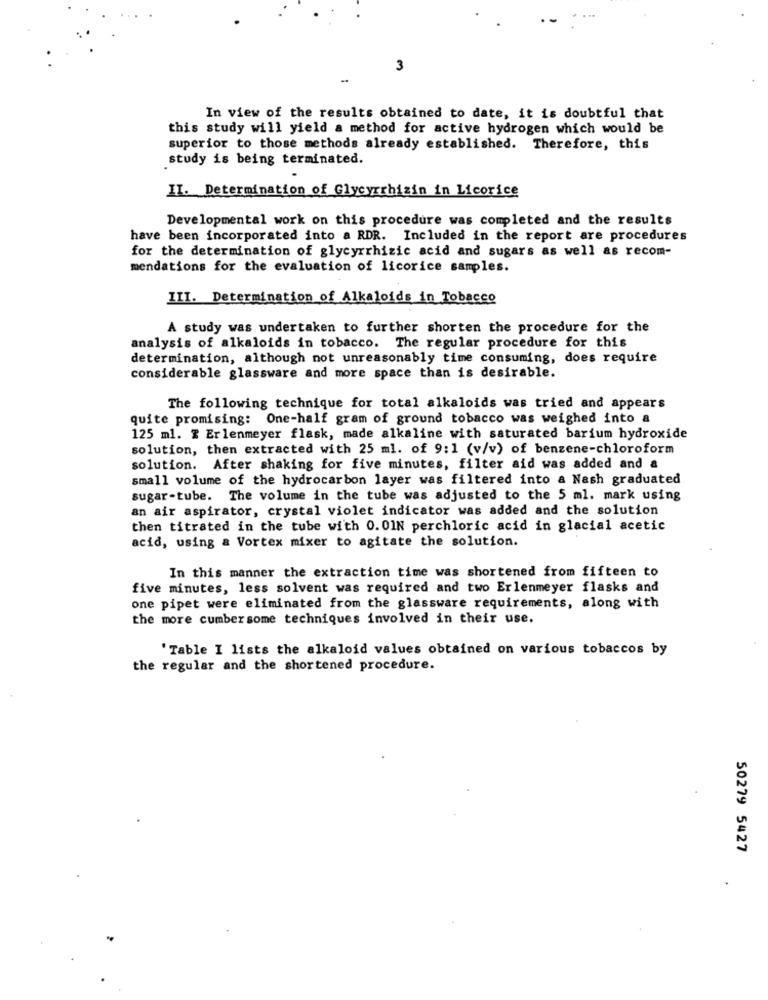
3
-
In view of the results obtained to date, it is doubtful that
this study will yield a method for active hydrogen which would be
superior to those methods already established. Therefore, this
study is being terminated.
II. Determination of Glycyrrhizin in Licorice
Developmental work on this procedure was completed and the results
have been incorporated into a RDR. Included in the report are procedures
for the determination of glycyrrhizic acid and sugars as well as recom-
mendations for the evaluation of licorice samples.
III. Determination of Alkaloids in Tobacco
A study was undertaken to further shorten the procedure for the
analysis of alkaloids in tobacco. The regular procedure for this
determination, although not unreasonably time consuming, does require
considerable glassware and more space than is desirable.
The following technique for total alkaloids was tried and appears
quite promising: One-half gram of ground tobacco was weighed into a
125 ml. Z Erlenmeyer flask, made alkaline with saturated barium hydroxide
solution, then extracted with 25 ml. of 9:1 (v/v) of benzene-chloroform
solution. After shaking for five minutes, filter aid was added and a
small volume of the hydrocarbon layer was filtered into & Nash graduated
sugar-tube. The volume in the tube was adjusted to the 5 ml. mark using
an air aspirator, crystal violet indicator was added and the solution
then titrated in the tube with 0.01N perchloric acid in glacial acetic
acid, using & Vortex mixer to agitate the solution.
In this manner the extraction time was shortened from fifteen to
five minutes, less solvent was required and two Erlenmeyer flasks and
one pipet were eliminated from the glassware requirements, along with
the more cumbersome techniques involved in their use.
'Table I lists the alkaloid values obtained on various tobaccos by
the regular and the shortened procedure.
50279 5427